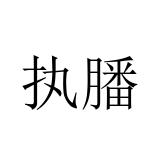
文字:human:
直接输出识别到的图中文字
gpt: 执膰